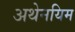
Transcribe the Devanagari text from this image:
अथेनयिम